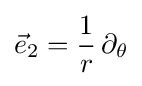
{\vec {e}}_{2}={\frac {1}{r}}\,\partial _{\theta }